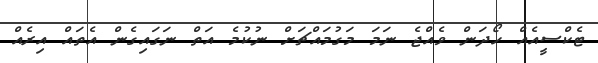
ޓެކްސީއެއް ހޯދަން ވެއްޖެ ނަމަ މަގުމައްޗަށް ނުކުމެ އަތް ނަގައިގެން އެތައް އިރެއް